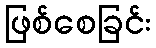
ဖြစ်စေခြင်း